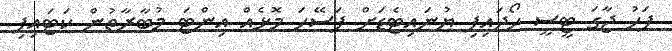
ފަހު ޖާގަ ޓީސީ ހޯދައިފި ޔުނައިޓެޑަށް ފަސޭހަ މޮޅެއް އިންޓަ މުބާރާތުން ކަޓައިފި